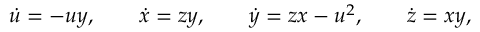
\dot { u } = - u y , \qquad \dot { x } = z y , \qquad \dot { y } = z x - u ^ { 2 } , \qquad \dot { z } = x y ,